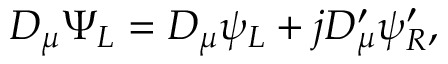
{ \cal D } _ { \mu } \Psi _ { L } = D _ { \mu } \psi _ { L } + j D _ { \mu } ^ { \prime } \psi _ { R } ^ { \prime } ,